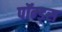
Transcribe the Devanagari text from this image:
पॉन्ड्स